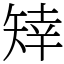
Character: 䂔